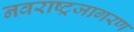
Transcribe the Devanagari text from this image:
नवराष्ट्रजागरण